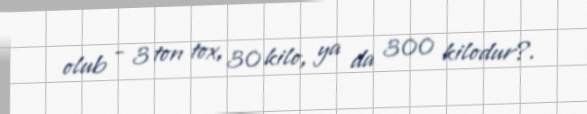
olub - 3 ton tox, 30 kilo, ya da 300 kilodur?.